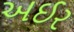
અઈર